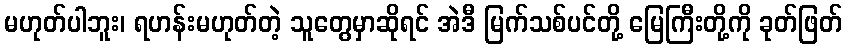
မဟုတ်ပါဘူး၊ ရဟန်းမဟုတ်တဲ့ သူတွေမှာဆိုရင် အဲဒီ မြက်သစ်ပင်တို့ မြေကြီးတို့ကို ခုတ်ဖြတ်